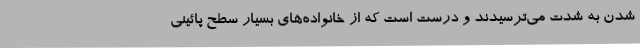
شدن به شدت می‌ترسیدند و درست است که از خانواده‌های بسیار سطح پائینی